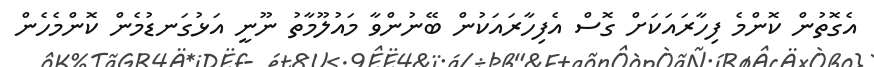
އެގޮތުން ކޮންމެ ފިހާރައަކަށް ގޮސް އެފިހާރައަކުން ބޭނުންވާ މައުލޫމާތު ނޫނީ އަޅުގަނޑުމެން ކޮންމެހެން